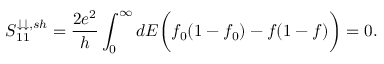
{ S _ { 1 1 } ^ { \downarrow \downarrow , s h } = \frac { 2 e ^ { 2 } } { h } \int _ { 0 } ^ { \infty } d E \bigg ( f _ { 0 } ( 1 - f _ { 0 } ) - f ( 1 - f ) \bigg ) = 0 . }